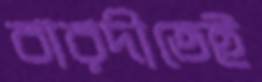
বারদীতেই